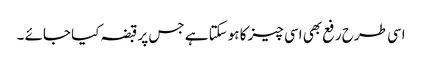
اسی طرح رفع بھی اسی چیز کا ہوسکتا ہے جس پر قبضہ کیا جائے ۔